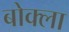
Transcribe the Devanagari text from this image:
बोक्ला